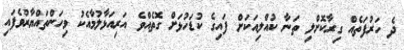
ދެ ހަރުފަތެއް ގިރާކޮށްލި ތަނާ ކުއްލިއަކަށް ފައިގެ ކުޑަހުޅަށް ގޮތެއްވެ އަރިއަޅާލުމާއެކު ވިހަންތައްޔާރުވެފައި